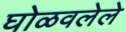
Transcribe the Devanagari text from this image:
घोळवलेले